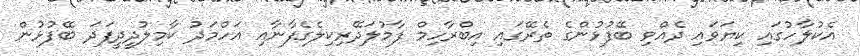
އެކުލާހުގައި ކިޔަވައި ދެއްވި ބޭފުޅުންގެ ތެރޭގައި އިބްރާހިމް ފާމުލަދޭރިކިލެގެފާނާއި އަހްމަދު ކާމިލުދީދީފަދަ ބޭފުޅުން